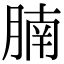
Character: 腩